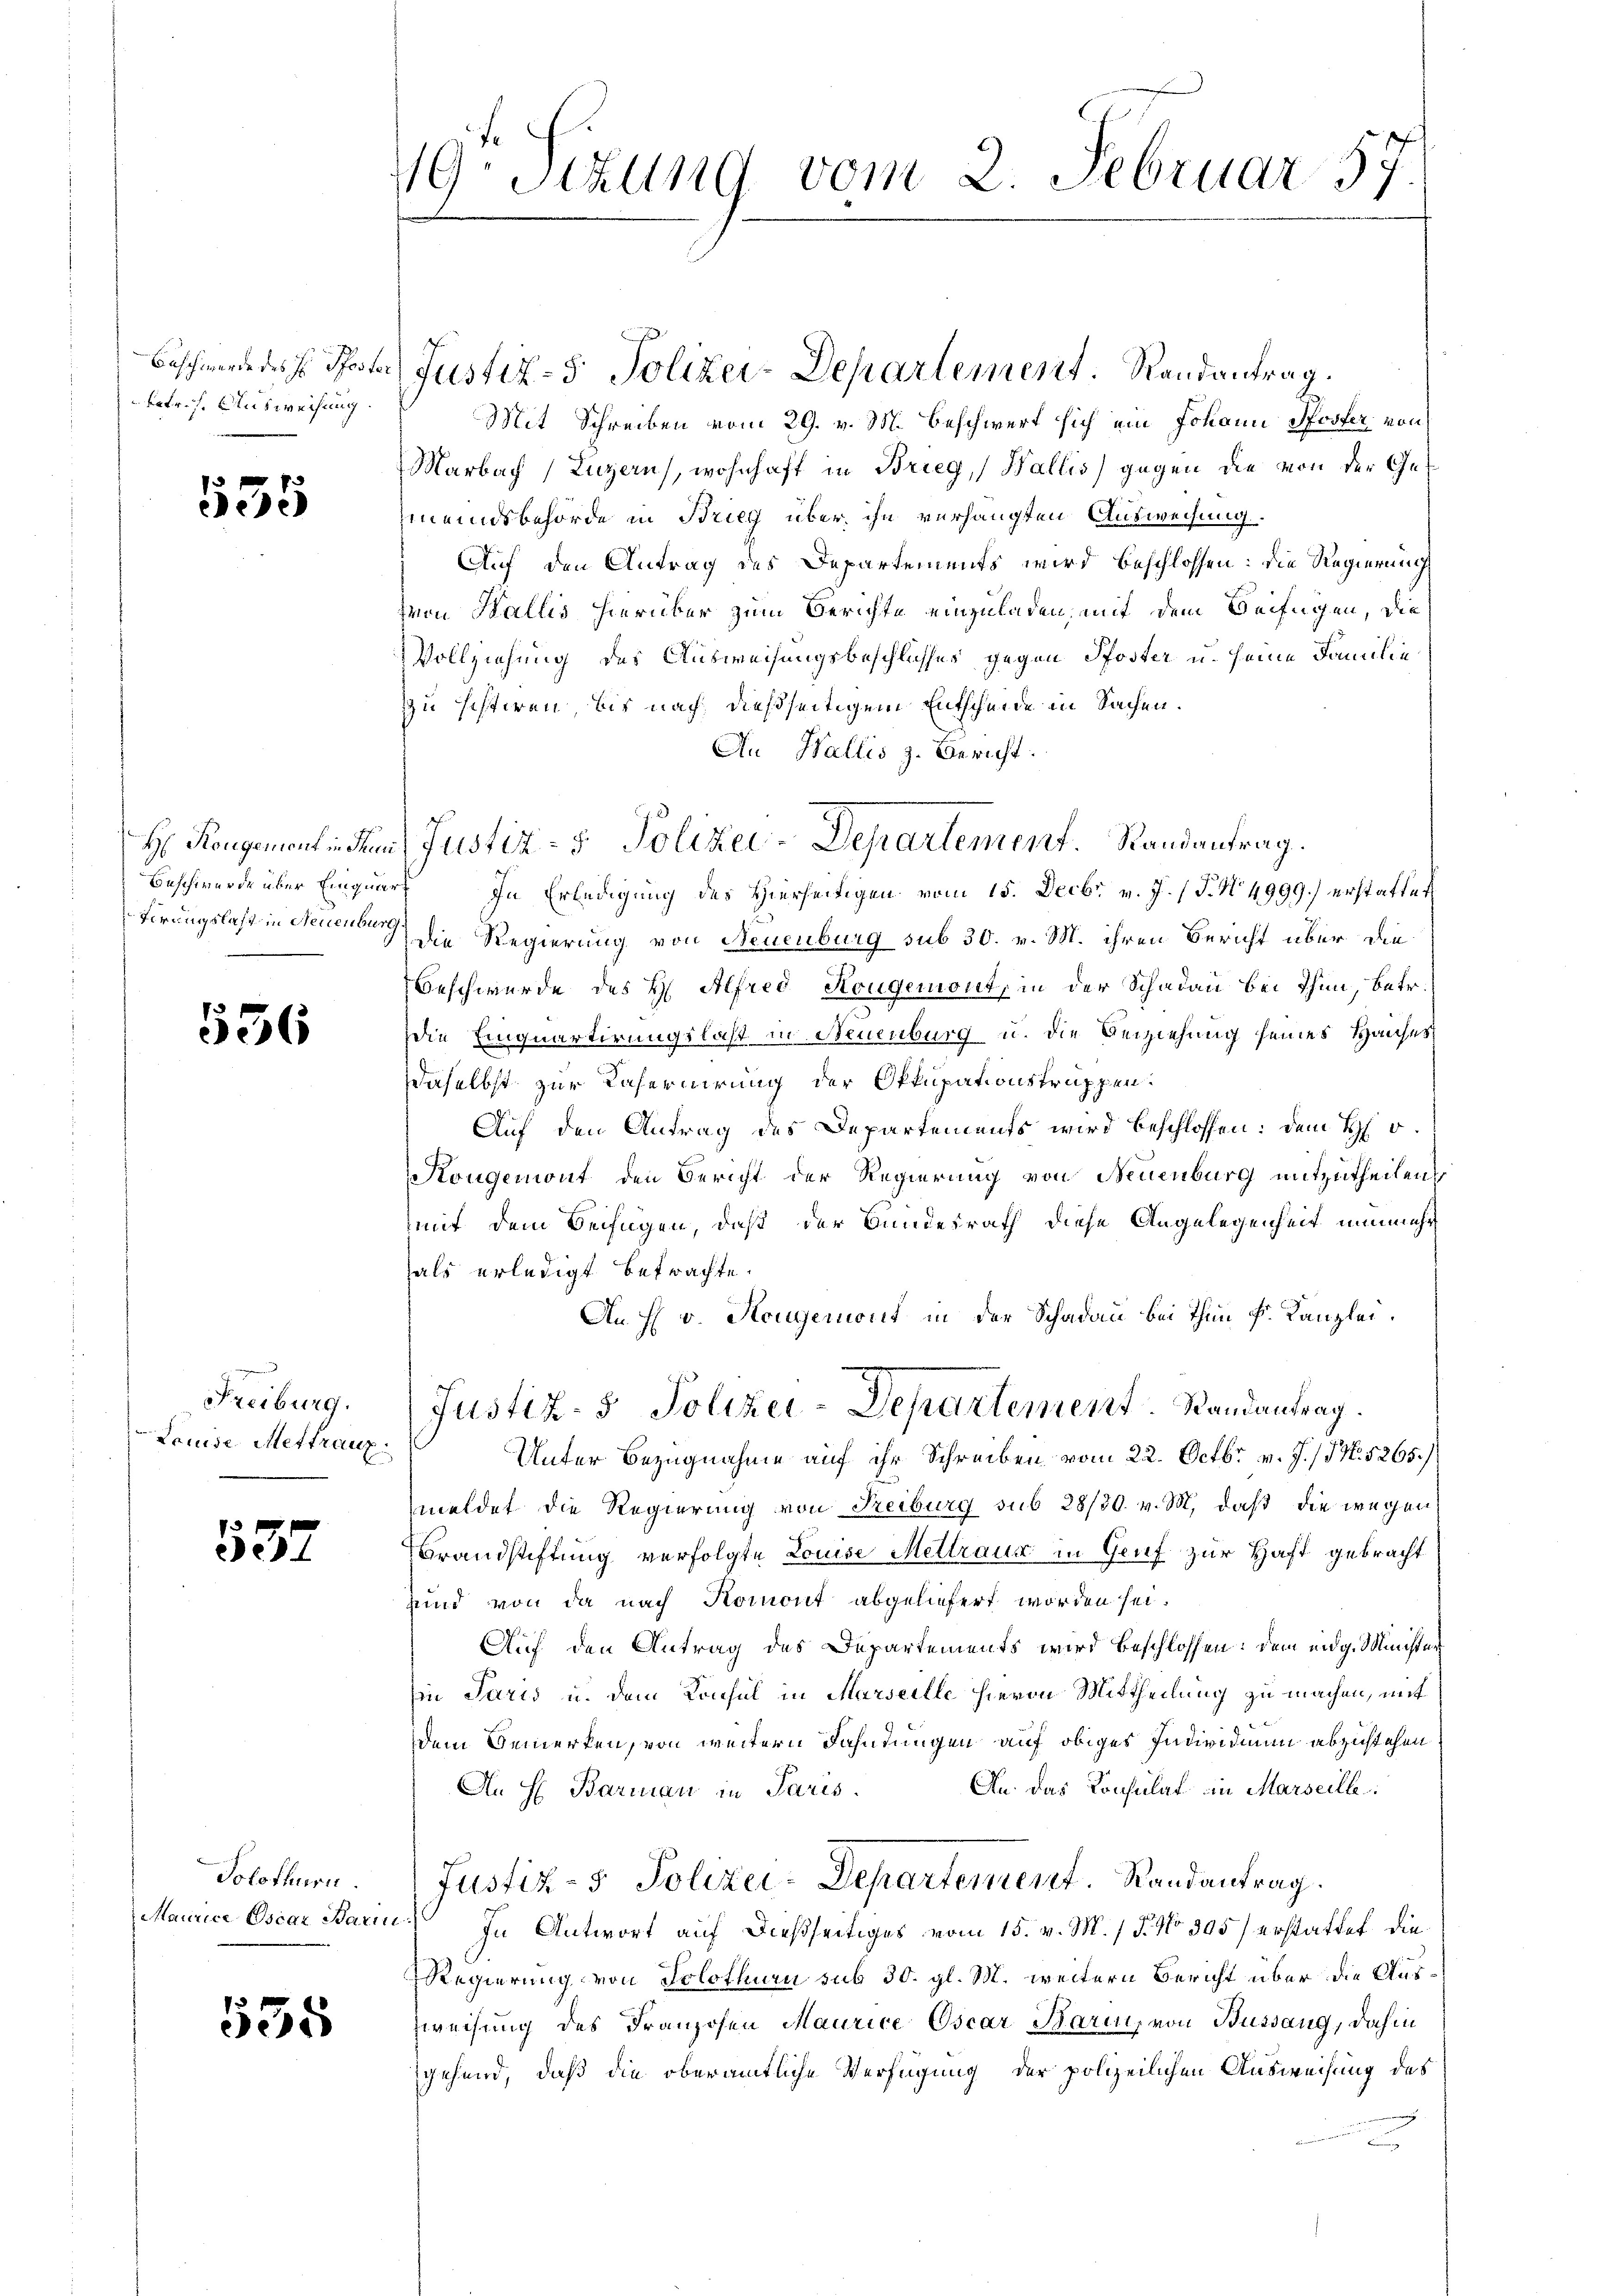
Baschwerde des H. Pfoste
betr. f. Ausweisung.

555

536

Freiburg.
Lauise Mettrauz

537

Solothurn.

538

49. Sitzung vom 2. Februar 19

Mit Schreiben vom 29. v. M. beschwert sich ein Johann Pfoster, von
Marbach (Luzern), wohnhaft in Brieg, Wallis) gegen die von der Gemeindsbehörde in Brieg über ihn verhängten Ausweisung.
Auf den Antrag des Departements wird beschlossen: die Regierung
mon Wallis hierüber zum Berichte einzuladen, mit dem Beifügen, die
Vollziehung des Ausweisungsbeschlusses gegen Pfoster u. seine Familie
zu histiren, bis nach dießseitigem Entscheide in Sachen.
An Wallis z. Bericht:
Beschwerde über Einquart In Erledigung des Hierseitigen vom 15. Decbr. v. J. P. No 4999.) erstattet
firungslast in Neuen die Regierung von Neuenburg sub 30. v. M. ihren Bericht über die
Beschwerde des H. Alfred Kougemont, in der Schaden bei Thun, betr.
die Einquartirungslast in Neuenburg u. die Beiziehung seines Hauses
daselbst zur Referuirung der Okkupationstruppen.
Auf den Antrag des Departements wird beschlossen: dem H. v.
Kongemont den Bericht der Regierung von Neuenburg mitzutheilen
mit dem Beifügen, daß der Bundesrath diese Angelegenheit nunmehr
als erledigt betrachte.
An H v. Hougeront in der Schaden bei Thun k. Kanzlei.
Justiz- & Polizei-Departement Randantrag.
Unter Bezugnahme auf ihr Schreiben vom 22. Octbr. v. J. /. N. 5265.
meldet die Regierung von Freiburg sub 28/30. v. M. daß die wegen
Brandstiftung verfolgte Louise Meltraux in Gruf zur Haft gebracht
sund von da nach Komont abgeliefert worden sei.
Auf den Antrag des Departements wird beschlossen: dem eidg. Minister
Ein Paris u. dem Konsul in Marseille hievon Mittheilung zu machen, mit
dem Bemerken, von weitern Fahntungen auf obiges Individuum abzustehen
An das Konsulat in Marseille:
An H. Barman in Paris.
Justiz- & Polizei-Departement. Randantrag.
Maurice Oscar Barm. In Antwort auf dießseitiges vom 15. v. M. / P. No 305) erstattet, die
Regierung von Solothurn sub 30. gl. M. weitern Bericht über die Aus¬
Zweisung des Franzosen Maurice Oscar Baren, von Bussang, dahin
gehend, daß die oberamtliche Verfügung der polizeilichen Ausweisung des
2

H. Kongement in den Justiz- & Polizei-Departement. Randantrag.

Justiz- & Polizei-Departement. Randantrag.